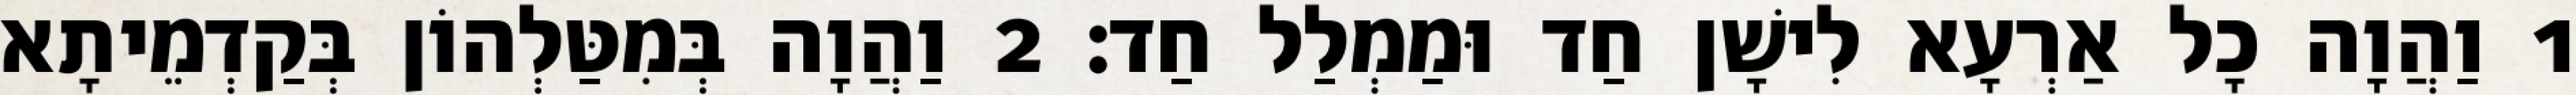
1 וַהֲוָה כָל אַרְעָא לִישָׁן חַד וּמַמְלַל חַד׃ 2 וַהֲוָה בְּמִטַּלְהוֹן בְּקַדְמֵיתָא